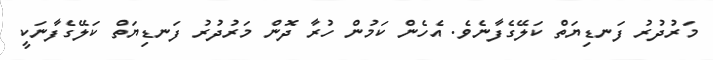
މަރުދުރު ފަނޑިޔަތް ކަލޭގެފާނެވެ. އެހެން ކަމުން ހުރާ ދޮން މަރުދުރު ފަނޑިޔަތް ކަލޭގެފާނަކީ